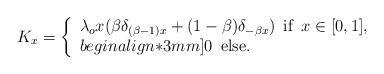
LaTeX: \begin{align*}K_x= \left\{\begin{array}{l}\lambda_o x ( \beta \delta_{(\beta-1) x} + (1-\beta) \delta_{-\beta x}) \, \mbox{ if }\, x\in [0,1], \\begin{align*}3mm]0 \, \mbox{ else.}\end{array}\right.\end{align*}